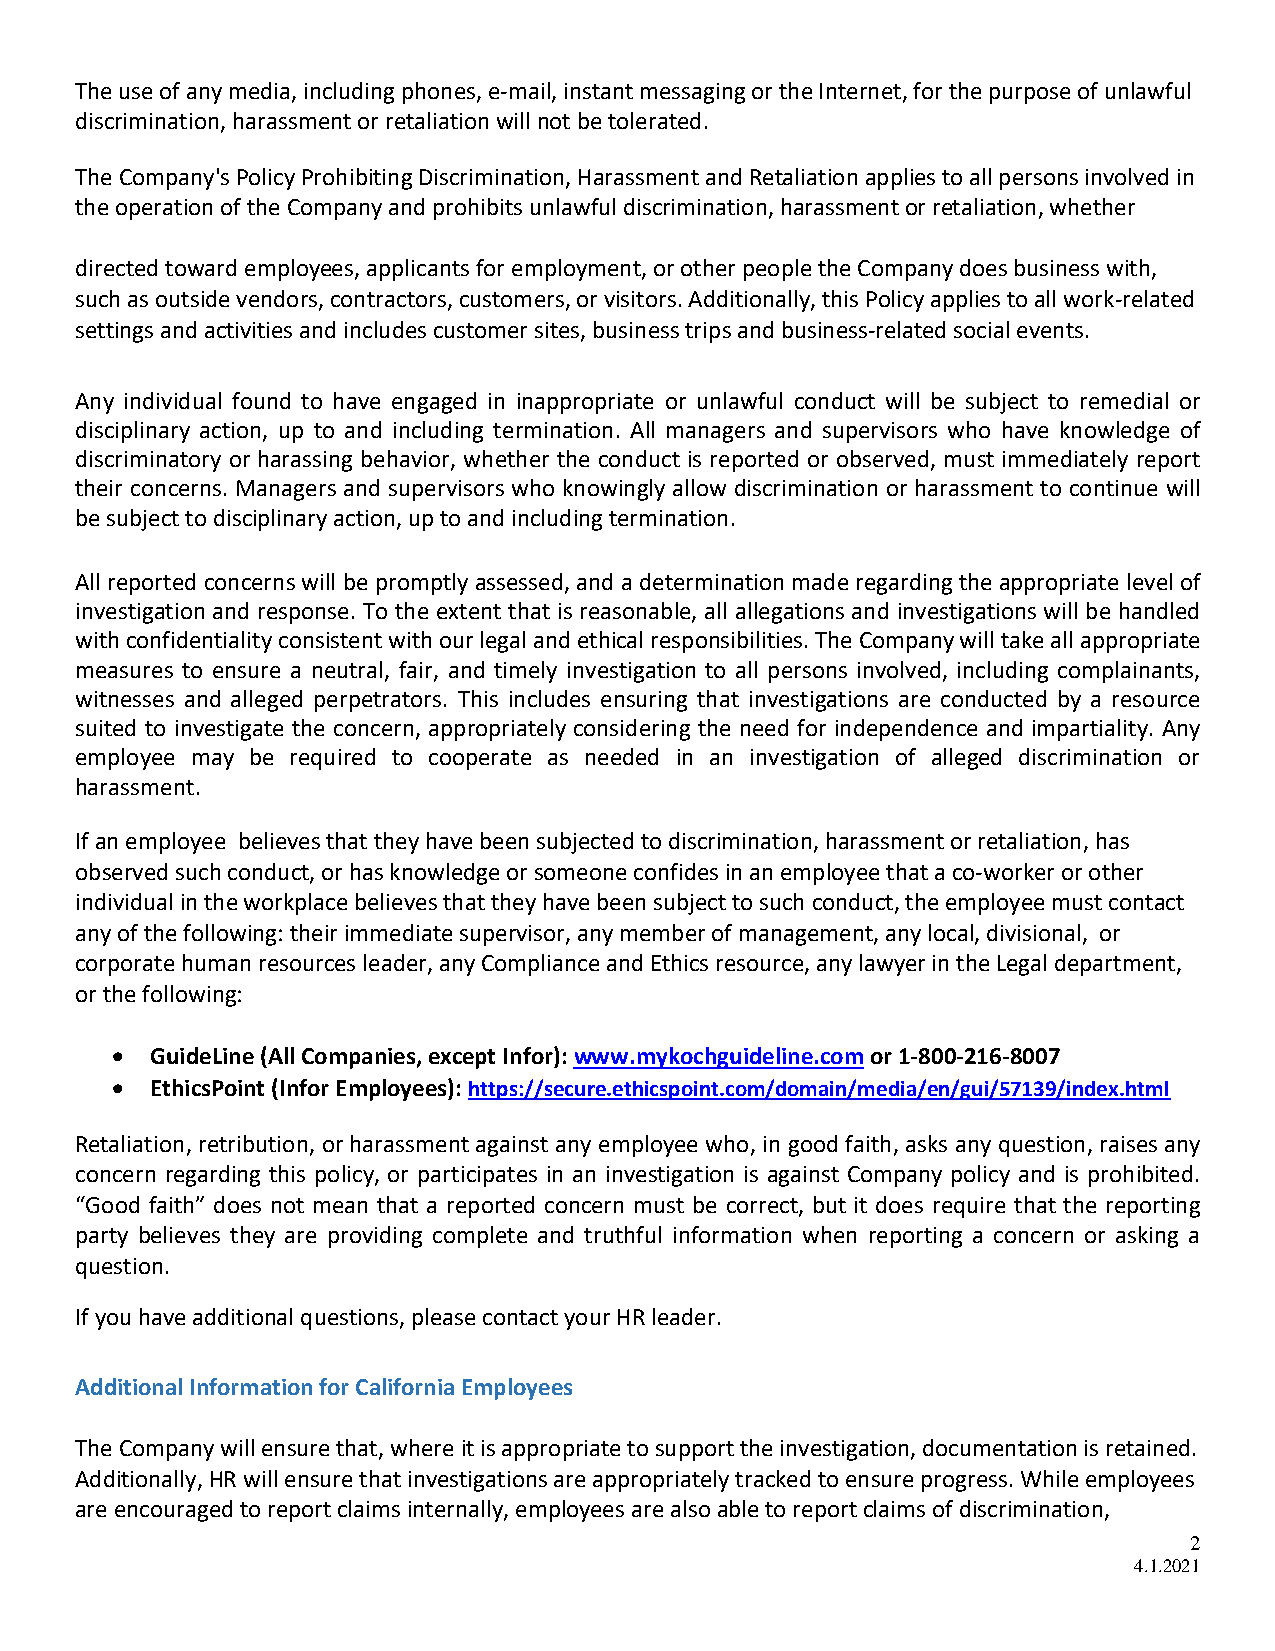
The use of any media, including phones, e-mail, instant messaging or the Internet, for the purpose of unlawful
 discrimination, harassment or retaliation will not be tolerated.
 The Company's Policy Prohibiting Discrimination, Harassment and Retaliation applies to all persons involved in
 the operation of the Company and prohibits unlawful discrimination, harassment or retaliation, whether
 directed toward employees, applicants for employment, or other people the Company does business with,
 such as outside vendors, contractors, customers, or visitors. Additionally, this Policy applies to all work-related
 settings and activities and includes customer sites, business trips and business-related social events.
 Any individual found to have engaged in inappropriate or unlawful conduct will be subject to remedial or
 disciplinary action, up to and including termination. All managers and supervisors who have knowledge of
 discriminatory or harassing behavior, whether the conduct is reported or observed, must immediately report
 their concerns. Managers and supervisors who knowingly allow discrimination or harassment to continue will
 be subject to disciplinary action, up to and including termination.
 All reported concerns will be promptly assessed, and a determination made regarding the appropriate level of
 investigation and response. To the extent that is reasonable, all allegations and investigations will be handled
 with confidentiality consistent with our legal and ethical responsibilities. The Company will take all appropriate
 measures to ensure a neutral, fair, and timely investigation to all persons involved, including complainants,
 witnesses and alleged perpetrators. This includes ensuring that investigations are conducted by a resource
 suited to investigate the concern, appropriately considering the need for independence and impartiality. Any
 employee may be required to cooperate as needed in an investigation of alleged discrimination or
 harassment.
 If an employee believes that they have been subjected to discrimination, harassment or retaliation, has
 observed such conduct, or has knowledge or someone confides in an employee that a co-worker or other
 individual in the workplace believes that they have been subject to such conduct, the employee must contact
 any of the following: their immediate supervisor, any member of management, any local, divisional, or
 corporate human resources leader, any Compliance and Ethics resource, any lawyer in the Legal department,
 or the following:
 •  GuideLine (All Companies, except Infor): www.mykochguideline.com or 1-800-216-8007
 •  EthicsPoint (Infor Employees): https://secure.ethicspoint.com/domain/media/en/gui/57139/index.html
 Retaliation, retribution, or harassment against any employee who, in good faith, asks any question, raises any
 concern regarding this policy, or participates in an investigation is against Company policy and is prohibited.
 “Good faith” does not mean that a reported concern must be correct, but it does require that the reporting
 party believes they are providing complete and truthful information when reporting a concern or asking a
 question.
 If you have additional questions, please contact your HR leader.
 Additional Information for California Employees
 The Company will ensure that, where it is appropriate to support the investigation, documentation is retained.
 Additionally, HR will ensure that investigations are appropriately tracked to ensure progress. While employees
 are encouraged to report claims internally, employees are also able to report claims of discrimination,
 2
 4.1.2021